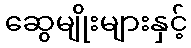
ဆွေမျိုးများနှင့်